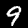
Digit: 9